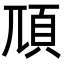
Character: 䪲